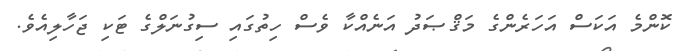
ކޮންމެ އަކަސް އަހަރެންގެ މަޤްޞަދު އަނެއްކާ ވެސް ހިތުގައި ސިގުނަލްގެ ޓަކި ޖަހާލިއެވެ.